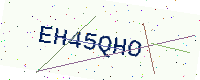
Text: EH45QHO